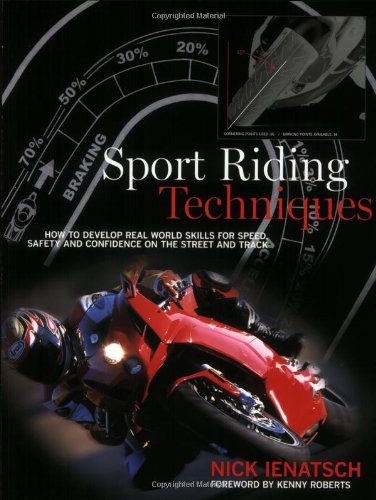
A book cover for Sport Riding Techniques: How To Develop Real World Skills for Speed, Safety, and Confidence on the Street and Track; Nick Ienatsch; Engineering & Transportation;